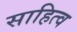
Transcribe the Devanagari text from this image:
साहित्व